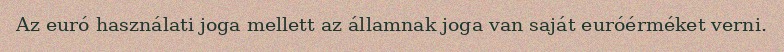
Az euró használati joga mellett az államnak joga van saját euróérméket verni.